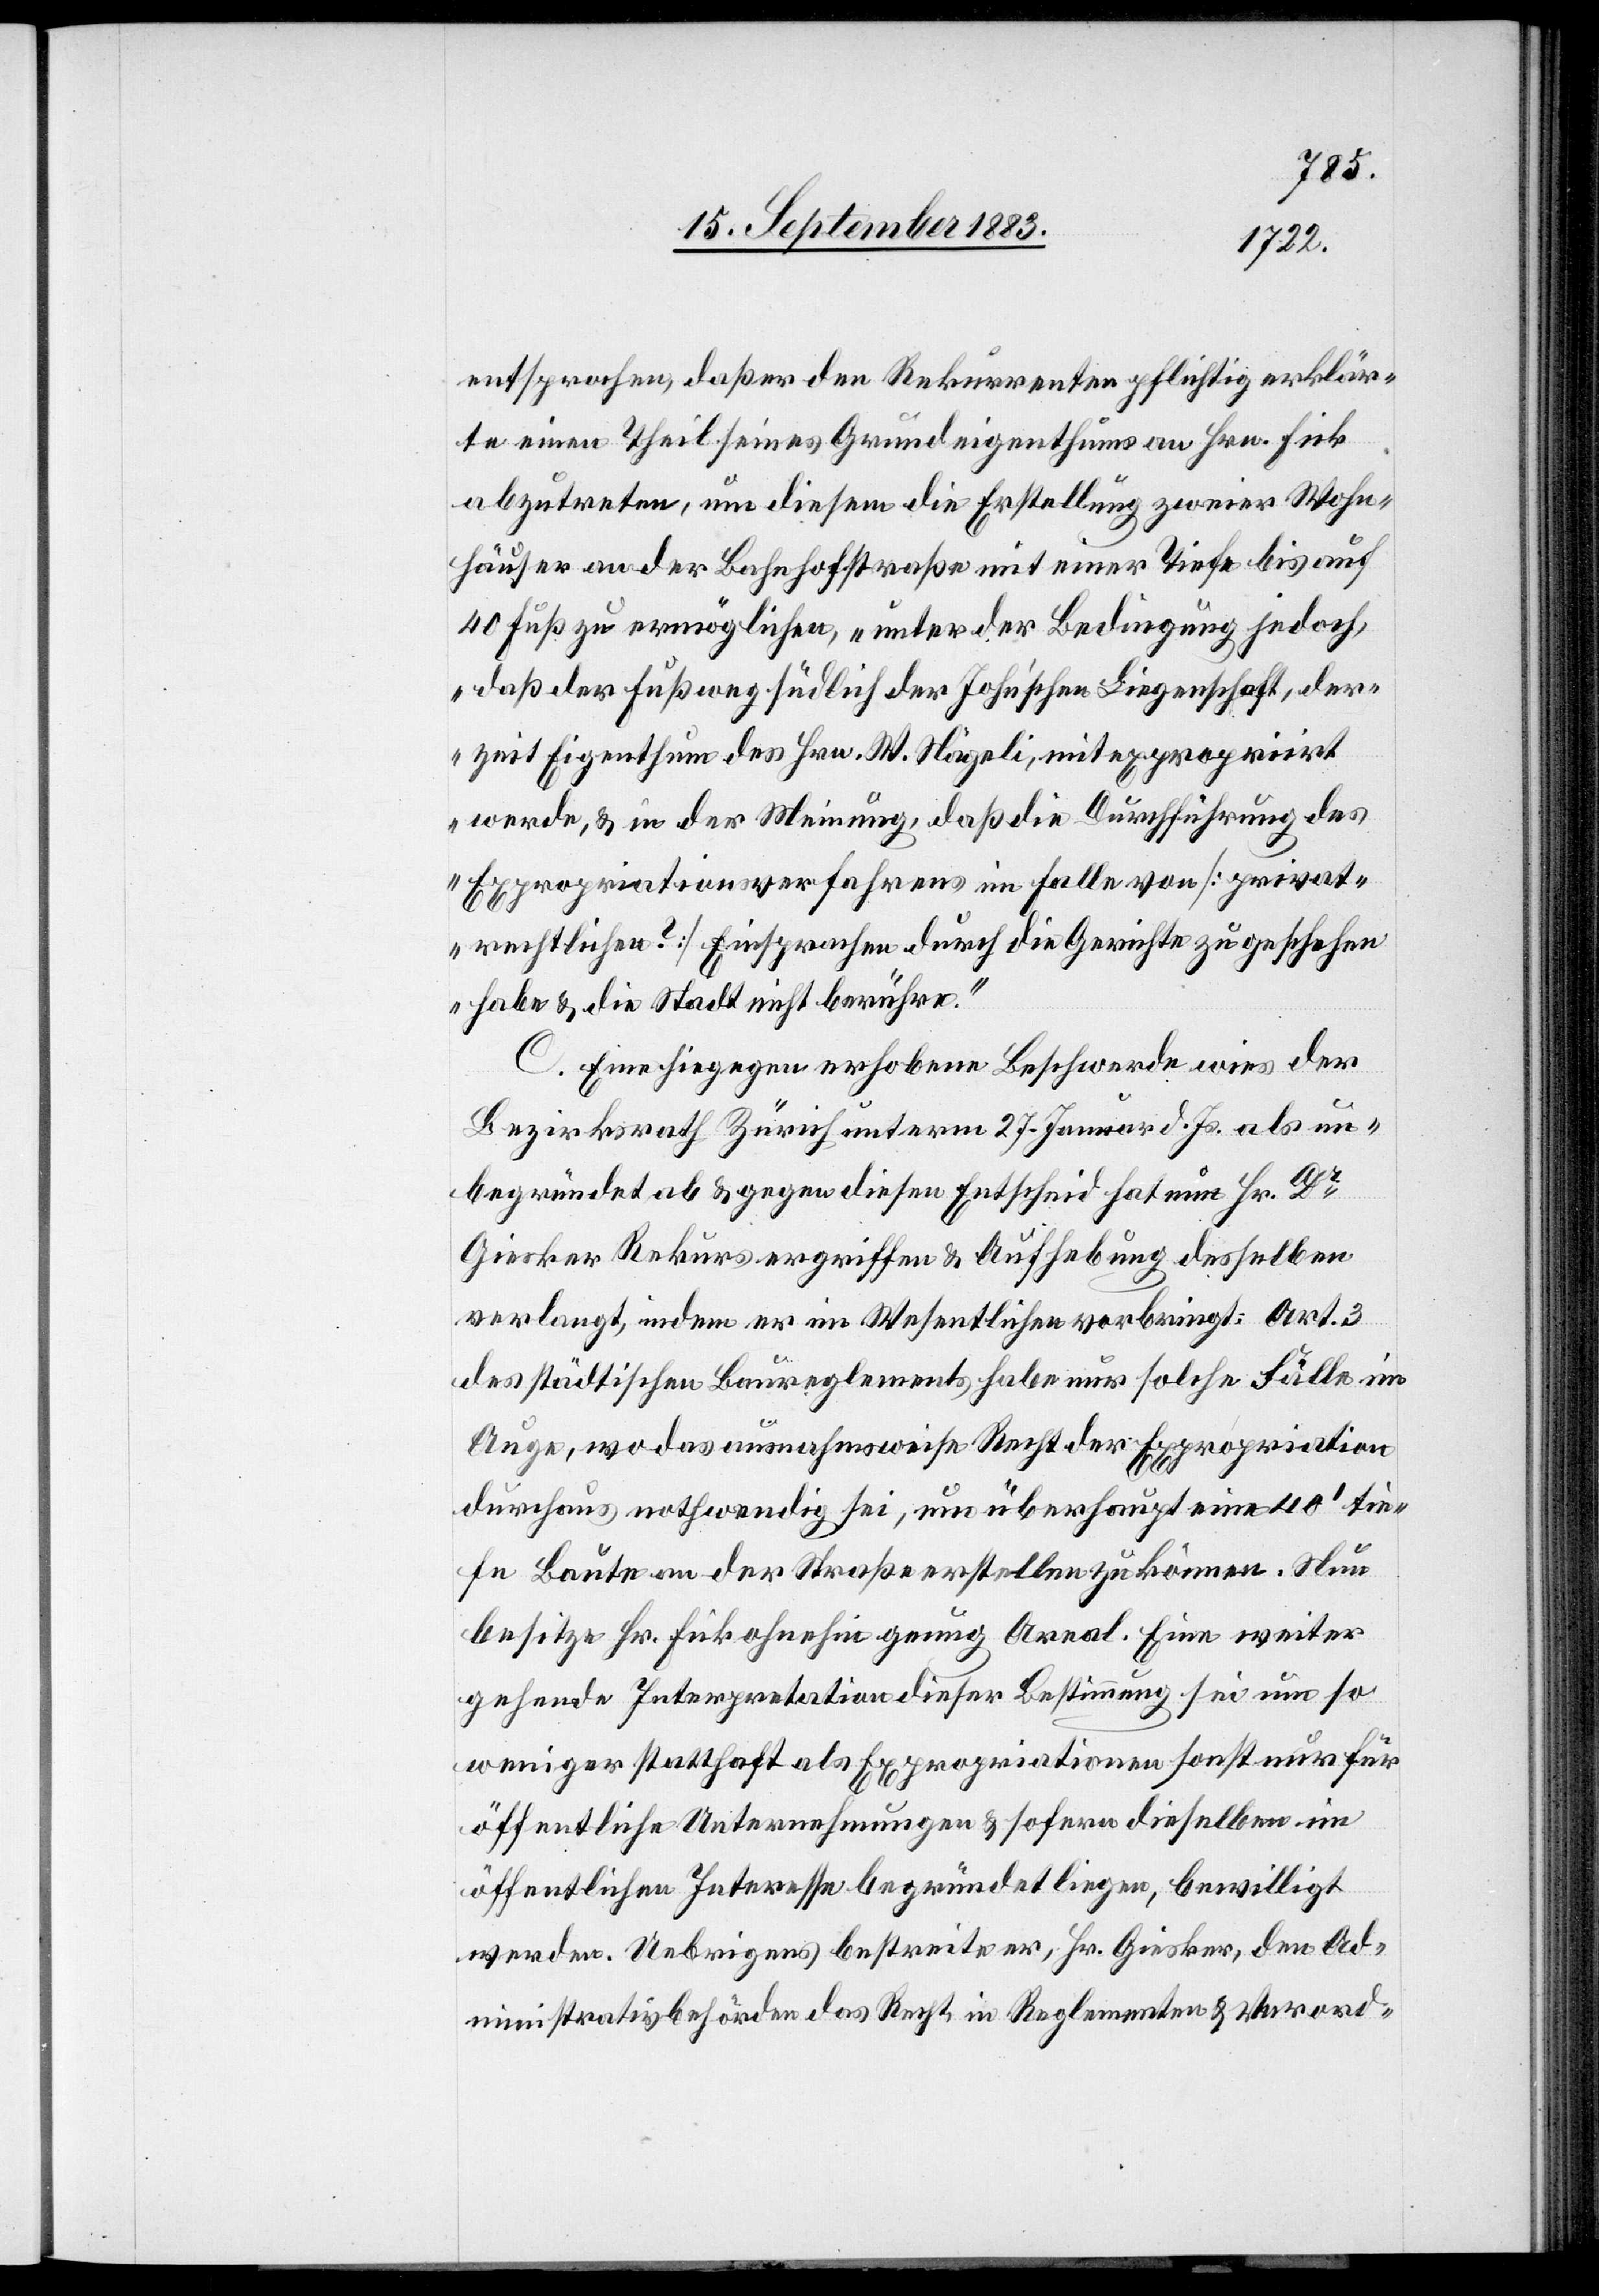
entsprochen, daß er den Rekurrenten pflichtig erklär¬
te einen Theil seines Grundeigenthums an Hrn. Fick
abzutreten, um diesem die Erstellung zweier Wohn¬
häuser an der Bahnhofstraße mit einer Tiefe bis auf
40 Fuß zu ermöglichen, „unter der Bedingung jedoch,
daß der Fußweg südlich der John’schen Liegenschaft, der¬
zeit Eigenthum des Hrn. W. Nägeli, mit expropriirt
werde, & in der Meinung, daß die Durchführung des
Expropriationsverfahrens im Falle von [privat¬
rechtlichen?] Einsprachen, durch die Gerichte zu geschehen
habe & die Stadt nicht berühre.“
C. Eine hiegegen erhobene Beschwerde wies der
Bezirksrath Zürich unterm 27. Januar d. Js. als un¬
begründet ab & gegen diesen Entscheid hat nun Hr. Dr
Gisker Rekurs ergriffen & Aufhebung desselben
verlangt, indem er im Wesentlichen vorbringt: Art. 3
des städtischen Baureglements habe nur solche Fälle im
Auge, wo das ausnahmsweise Recht der Expropriation
durchaus nothwendig sei, um überhaupt eine 40’ tie¬
fe Baute an der Straße erstellen zu können. Nun
besitze Hr. Fick ohnehin genug Areal. Eine weiter
gehende Interpretation dieser Bestimmung sei um so
weniger statthaft, als Expropriationen sonst nur für
öffentliche Unternehmungen & sofern dieselben im
öffentlichen Interesse begründet liegen, bewilligt
werden. Uebrigens bestreite er, Hr. Giesker, den Ad¬
ministrativbehörden das Recht, in Reglementen & Verord-